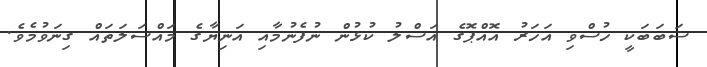
ސަބަބަކީ ހުސްވި އަހަރު އޮއްޕޮގެ އަސްލު ކުޅުން ނުފެނުމާއި އަނިޔާގެ މައްސަލަތައް ގިނަވުމެވެ.